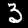
Label: 3